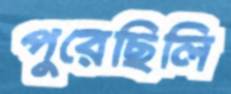
পুরেছিলি